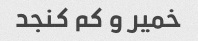
خمیر و کم کنجد